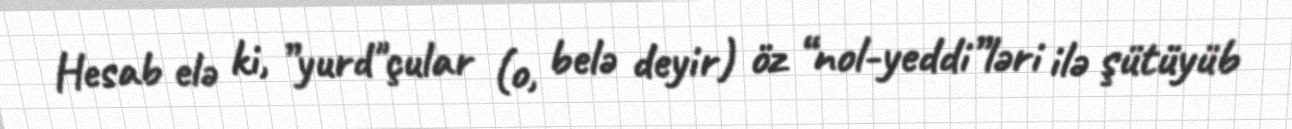
Hesab elə ki, ”yurd"çular (o, belə deyir) öz “nol-yeddi”ləri ilə şütüyüb